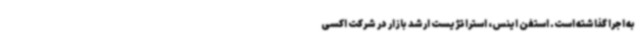
به اجرا گذاشته است. استفن اینس، استراتژیست ارشد بازار در شرکت اکسی